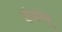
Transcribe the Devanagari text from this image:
ईसोपू